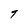
Character: 9